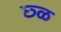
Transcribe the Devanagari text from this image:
छ्ळ